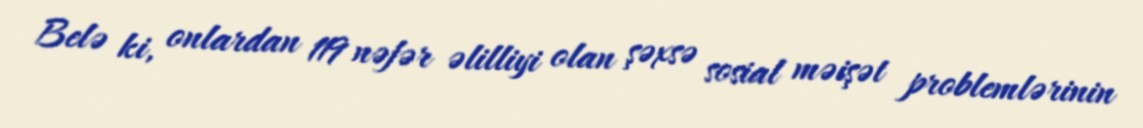
Belə ki, onlardan 119 nəfər əlilliyi olan şəxsə sosial məişət problemlərinin